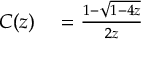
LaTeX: \begin{array} { r l } { C ( z ) } & { { } = { \frac { 1 - { \sqrt { 1 - 4 z } } } { 2 z } } } \end{array}